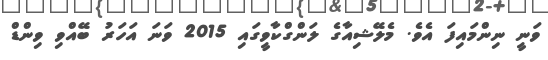
ވަނީ ނިންމައިފަ އެވެ. މެލޭޝިއާގެ ލަންގްކާވީގައި 2015 ވަނަ އަހަރު ބޭއްވި ވިންޑް